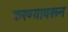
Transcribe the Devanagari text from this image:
करण्यावरून